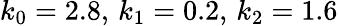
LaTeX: k_{0}=2.8,\, k_{1}=0.2,\, k_{2}=1.6